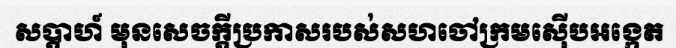
សប្តាហ៍ មុនសេចក្តីប្រកាសរបស់សហចៅក្រមស៊ើបអង្កេត